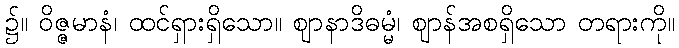
၌။ ဝိဇ္ဇမာနံ၊ ထင်ရှားရှိသော။ ဈာနာဒိဓမ္မံ၊ ဈာန်အစရှိသော တရားကို။